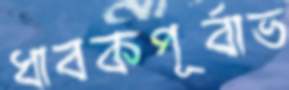
ধাবকপূর্বাভ